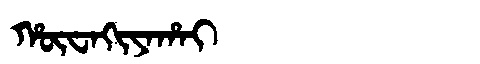
Manchu: ᡥᡡᠸᠠᡴᡳᠶᠠᡥᠠᡳ
Romanization: HŪWAKIYAHAI